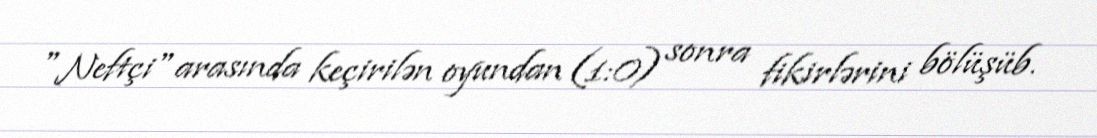
"Neftçi" arasında keçirilən oyundan (1:0) sonra fikirlərini bölüşüb.